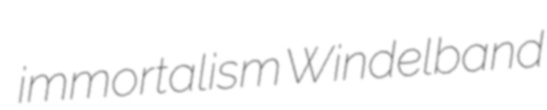
immortalism Windelband